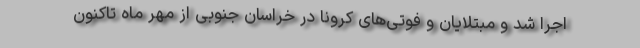
اجرا شد و مبتلایان و فوتی‌های کرونا در خراسان جنوبی از مهر ماه تاکنون